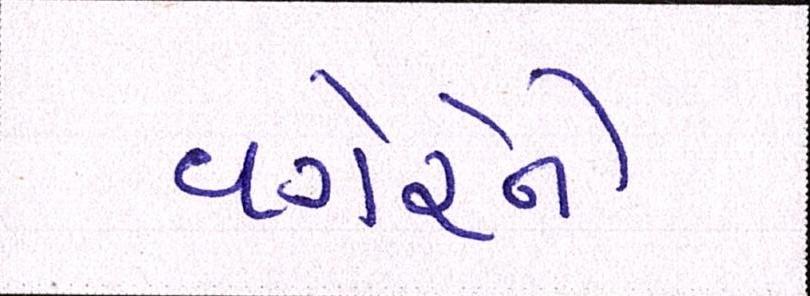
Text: વગેરેને